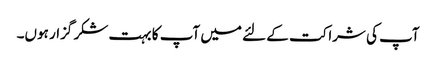
آپ کی شراکت کے لئے میں آپ کا بہت شکر گزار ہوں۔